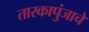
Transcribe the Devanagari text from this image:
तारकापुंजाचे